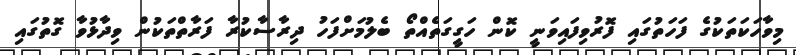
މިވާހަކަތަކުގެ ފަހަތުގައި ފޮރުވިފައިވަނީ ކޮން ހަގީގަތެއްތޯ ބެލުމަށްފަހު ދިރާސާކުރާ ފަރާތްތަކުން ވިދާޅުވާ ގޮތުގައި